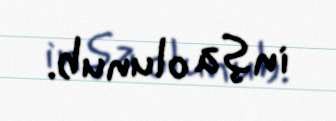
inşa olunub.